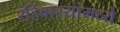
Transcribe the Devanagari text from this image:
रहिवास्यांमध्ये